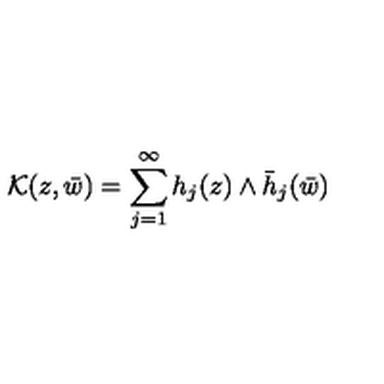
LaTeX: { \cal K } ( z , \bar { w } ) = \sum _ { j = 1 } ^ { \infty } h _ { j } ( z ) \wedge \bar { h } _ { j } ( \bar { w } )